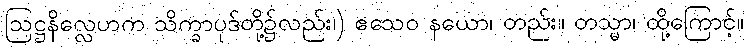
ဩဋ္ဌနိလ္လေဟက သိက္ခာပုဒ်တို့၌လည်း၊) ဧသေဝ နယော၊ တည်း။ တသ္မာ၊ ထို့ကြောင့်။